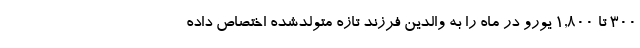
۳۰۰ تا ۱,۸۰۰ یورو در ماه را به والدین فرزند تازه متولدشده اختصاص داده